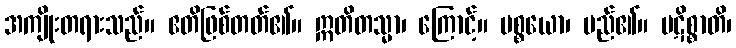
အကျိုးတရားသည်။ ဧတိဖြစ်တတ်၏။ ဣတိတသ္မာ၊ ကြောင့်။ ပစ္စယော၊ မည်၏။ ပဋိစ္စာတိ၊